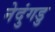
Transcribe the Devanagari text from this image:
नेदुंगडु